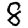
Digit: 8